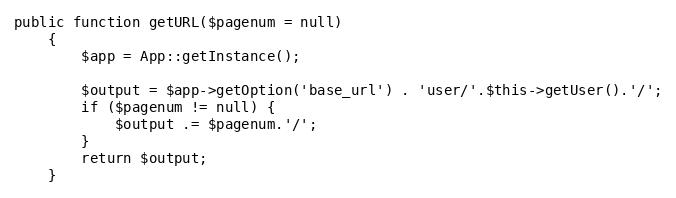
Language: PHP
public function getURL($pagenum = null)
    {
        $app = App::getInstance();

        $output = $app->getOption('base_url') . 'user/'.$this->getUser().'/';
        if ($pagenum != null) {
            $output .= $pagenum.'/';
        }
        return $output;
    }